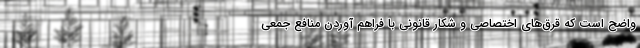
واضح است که قرق‌های اختصاصی و شکار قانونی با فراهم آوردن منافع جمعی